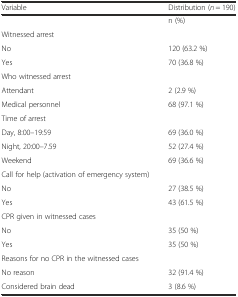
<table><thead><tr><td><b>Variable</b></td><td><b>Distribution (<i>n</i> = 190)</b></td></tr></thead><tbody><tr><td></td><td>n (%)</td></tr><tr><td>Witnessed arrest</td><td></td></tr><tr><td>No</td><td>120 (63.2 %)</td></tr><tr><td>Yes</td><td>70 (36.8 %)</td></tr><tr><td>Who witnessed arrest</td><td></td></tr><tr><td>Attendant</td><td>2 (2.9 %)</td></tr><tr><td>Medical personnel</td><td>68 (97.1 %)</td></tr><tr><td>Time of arrest</td><td></td></tr><tr><td>Day, 8:00–19:59</td><td>69 (36.0 %)</td></tr><tr><td>Night, 20:00–7.59</td><td>52 (27.4 %)</td></tr><tr><td>Weekend</td><td>69 (36.6 %)</td></tr><tr><td>Call for help (activation of emergency system)</td><td></td></tr><tr><td>No</td><td>27 (38.5 %)</td></tr><tr><td>Yes</td><td>43 (61.5 %)</td></tr><tr><td>CPR given in witnessed cases</td><td></td></tr><tr><td>No</td><td>35 (50 %)</td></tr><tr><td>Yes</td><td>35 (50 %)</td></tr><tr><td>Reasons for no CPR in the witnessed cases</td><td></td></tr><tr><td>No reason</td><td>32 (91.4 %)</td></tr><tr><td>Considered brain dead</td><td>3 (8.6 %)</td></tr></tbody></table>